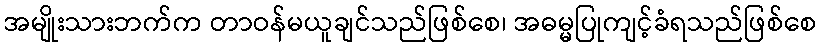
အမျိုးသားဘက်က တာဝန်မယူချင်သည်ဖြစ်စေ၊ အဓမ္မပြုကျင့်ခံရသည်ဖြစ်စေ